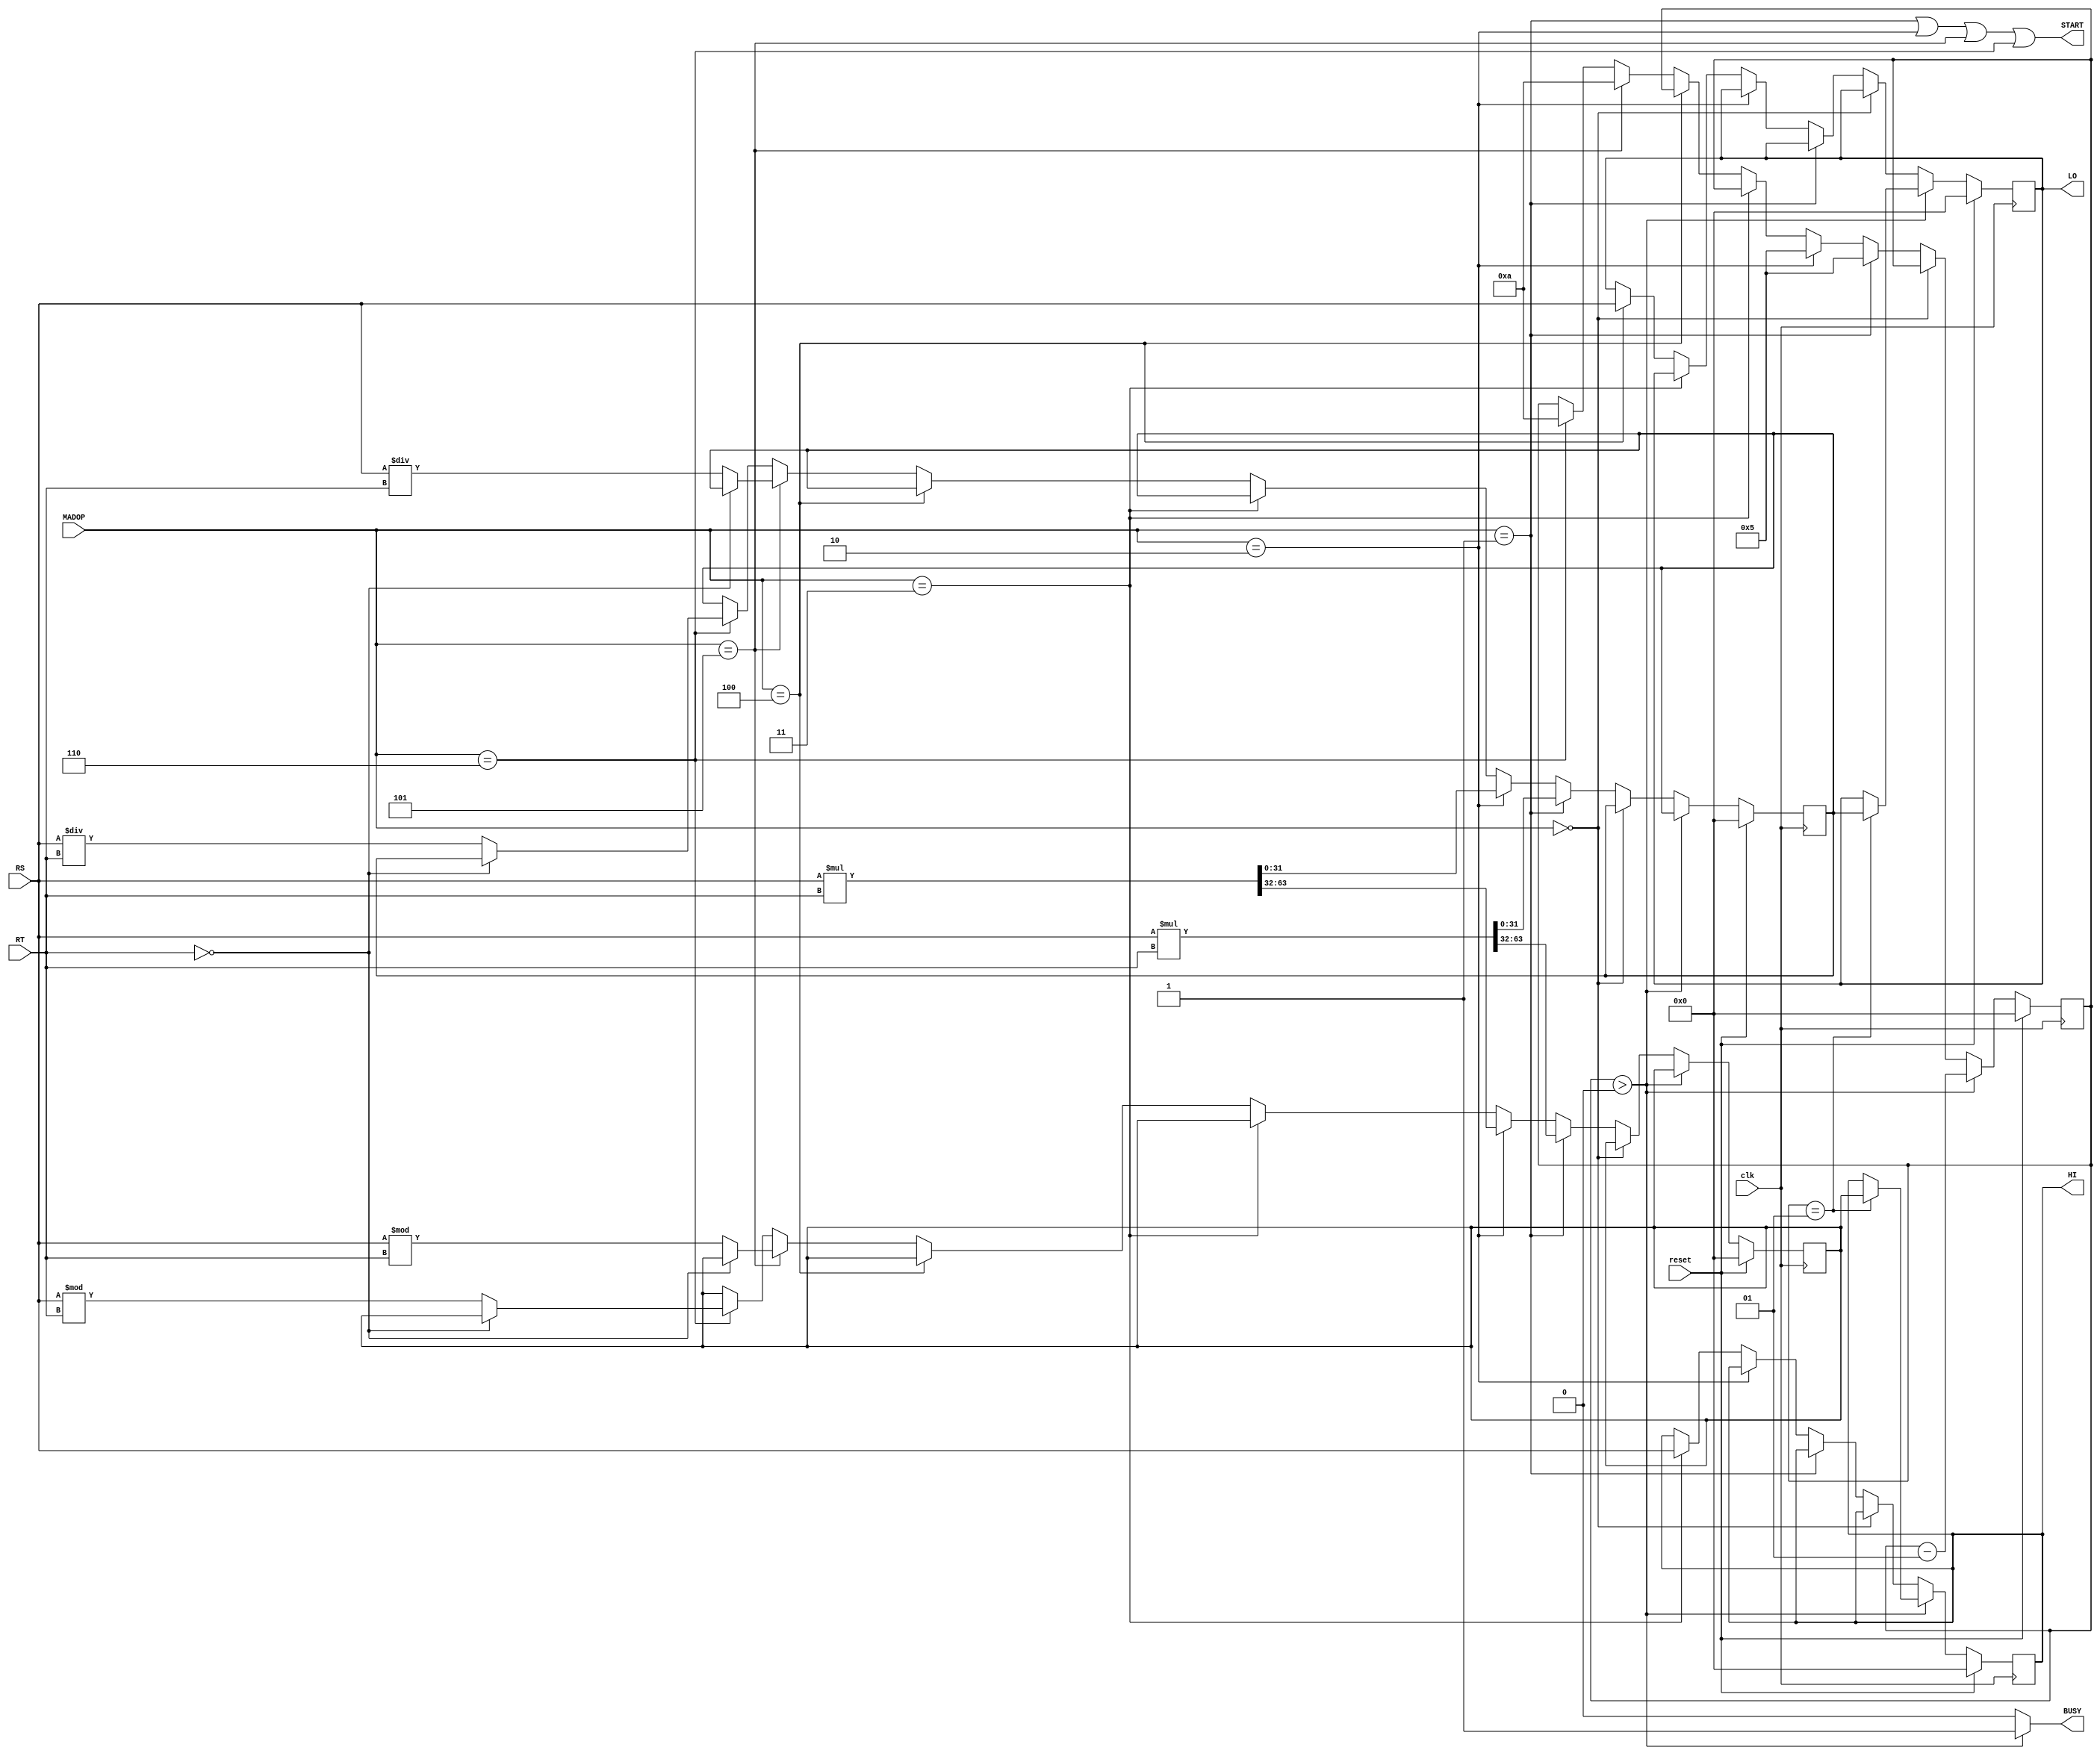
`timescale 1ns / 1ps

`define MULT 4'b0001
`define MULTU 4'b0010
`define MTHI 4'b0011
`define MTLO 4'b0100
`define DIV 4'b0101
`define DIVU 4'b0110



module MulAndDiv(
    input clk,
    input reset,
    input [3:0] MADOP,
    input [31:0] RS,
    input [31:0] RT,
    output reg [31:0] HI,
    output reg [31:0] LO,
    output START,
    output BUSY
    );

    reg [31:0] tempHI,tempLO;
    integer DelayTime;

    // signal
    assign START = 0|(MADOP==`MULT)|(MADOP==`MULTU)|(MADOP==`DIV)|(MADOP==`DIVU);
    assign BUSY = (DelayTime>0)?1:0;

    initial begin
        HI<=0;
        LO<=0;
        tempHI<=0;
        tempLO<=0;
        DelayTime<=0;
    end


    //MUL AND DIV
    always @(posedge clk) begin
        if (reset) begin
            HI<=0;
            LO<=0; 
			tempHI<=0;
			tempLO<=0;
			DelayTime<=0;
        end
        else if (DelayTime>0) begin
            DelayTime <= DelayTime - 1;
            if (DelayTime==1) begin
                HI<=tempHI;
                LO<=tempLO;
            end
        end
        else if (MADOP==0) begin
            HI<=HI;
            LO<=LO;
        end        
        else if (MADOP==`MULT) begin
            {tempHI,tempLO} <= $signed(RS) * $signed(RT);
            DelayTime<=5;
        end
        else if (MADOP==`MULTU) begin
            {tempHI,tempLO} <= RS * RT;
            DelayTime <= 5;
        end
        else if (MADOP==`MTHI) begin
            HI<=RS;
        end
        else if (MADOP==`MTLO) begin
            LO<=RS;
        end
        else if (MADOP==`DIV) begin
            if (RT==0) begin
                HI<=HI;
                LO<=LO;
                DelayTime<=10;
            end
            else begin
                tempHI <= $signed(RS) % $signed(RT);
                tempLO <= $signed(RS) / $signed(RT);
                DelayTime <= 10;                
            end
        end
        else if (MADOP==`DIVU) begin
            if (RT==0) begin
                HI<=HI;
                LO<=LO;
                DelayTime<=10;
            end
            else begin
                tempHI <= RS % RT;
                tempLO <= RS / RT;
                DelayTime <= 10;
            end
        end
        else begin
            tempHI<=tempHI;
            tempLO<=tempLO;
            HI<=HI;
            LO<=LO;
        end
    end



endmodule